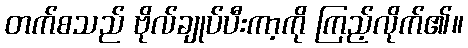
တက်စသည် ဗိုလ်ချုပ်ပီးကာ့ကို ကြည့်လိုက်၏။